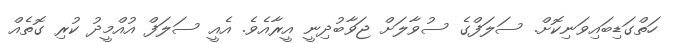
ހަތްގަޑިބައިވަނިކޮށް. ސަލަފްގެ ސުވާލަށް ޖަވާބުދިނީ އީރާއެވެ. އެއީ ސަލަފް އުއްމީދު ކުރި ގޮތެއް